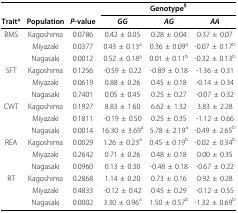
|  |  |  | <COLSPAN=3> Genotype§ |
 | Trait* | Population | P-value | GG | AG | AA |
 | --- | --- | --- | --- | --- | --- |
 | BMS | Kagoshima | 0.0786 | 0.42 ± 0.05 | 0.28 ± 0.04 | 0.37 ± 0.07 |
 |  | Miyazaki | 0.0377 | 0.43 ± 0.13a | 0.36 ± 0.09a | -0.07 ± 0.17b |
 |  | Nagasaki | 0.0012 | 0.52 ± 0.18a | 0.01 ± 0.11b | -0.32 ± 0.13b |
 | SFT | Kagoshima | 0.1256 | -0.59 ± 0.22 | -0.89 ± 0.18 | -1.36 ± 0.31 |
 |  | Miyazaki | 0.0619 | 0.88 ± 0.26 | 0.45 ± 0.18 | -0.14 ± 0.34 |
 |  | Nagasaki | 0.7401 | 0.05 ± 0.45 | 0.25 ± 0.27 | -0.07 ± 0.32 |
 | CWT | Kagoshima | 0.1927 | 8.83 ± 1.60 | 6.62 ± 1.32 | 3.83 ± 2.28 |
 |  | Miyazaki | 0.1811 | -0.19 ± 0.50 | 0.25 ± 0.35 | -1.12 ± 0.66 |
 |  | Nagasaki | 0.0014 | 16.30 ± 3.69a | 5.78 ± 2.19a | -0.49 ± 2.65b |
 | REA | Kagoshima | 0.0029 | 1.26 ± 0.23a | 0.45 ± 0.19b | -0.02 ± 0.34b |
 |  | Miyazaki | 0.2642 | 0.71 ± 0.26 | 0.48 ± 0.18 | 0.00 ± 0.35 |
 |  | Nagasaki | 0.0960 | 0.13 ± 0.30 | -0.48 ± 0.18 | -0.67 ± 0.22 |
 | RT | Kagoshima | 0.2868 | 1.14 ± 0.20 | 0.73 ± 0.16 | 0.92 ± 0.28 |
 |  | Miyazaki | 0.4833 | -0.12 ± 0.42 | 0.45 ± 0.29 | -0.12 ± 0.55 |
 |  | Nagasaki | 0.0002 | 3.30 ± 0.96a | 1.50 ± 0.57b | -1.32 ± 0.69b |